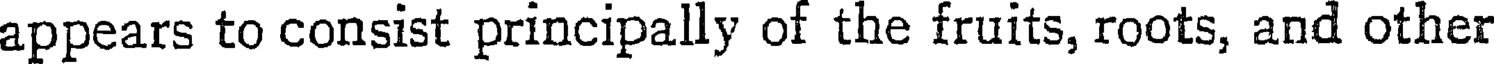
appears to consist principally of the fruits, roots, and other